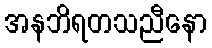
အနဘိရတသညီနော